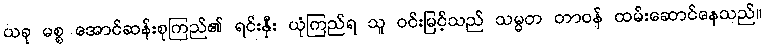
ယခု မစ္စ အောင်ဆန်းစုကြည်၏ ရင်းနှီး ယုံကြည်ရ သူ ဝင်းမြင့်သည် သမ္မတ တာဝန် ထမ်းဆောင်နေသည်။